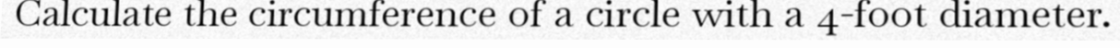
Calculate the circumference of a circle with a 4-foot diameter.